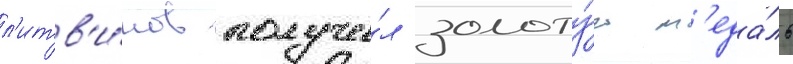
л'итв'и́нов получи́л золоту́ю м'еда́ль